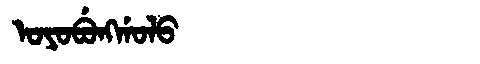
Manchu: ᠣᠶᠣᠪᡠᠩᡤᠣᠯᠣ
Romanization: OYOBUNGGOLO